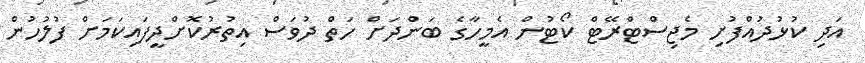
އަދި ކުޅުދުއްފުށި މެޖިސްޓްރޭޓް ކޯޓުން އެމީހާގެ ބަންދަށް ހަތް ދުވަސް އިތުރުކޮށްދީފައިކަމަށް ފުލުހުން